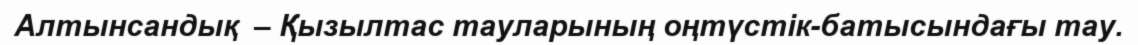
Алтынсандық  – Қызылтас тауларының оңтүстік-батысындағы тау.